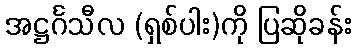
အဋ္ဌင်္ဂသီလ (ရှစ်ပါး)ကို ပြဆိုခန်း